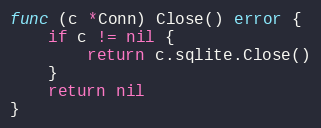
Language: Go
func (c *Conn) Close() error {
	if c != nil {
		return c.sqlite.Close()
	}
	return nil
}